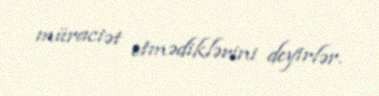
müraciət etmədiklərini deyirlər.